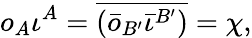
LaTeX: o_{A}\iota^{A}=\overline{{{(\bar{o}_{B^{\prime}}\bar{\iota}^{B^{\prime}})}}}=\chi,